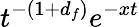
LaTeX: t^{-(1+d_{f})}e^{-xt}